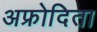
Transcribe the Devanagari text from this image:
अफ्रोदिता